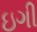
ઇગી